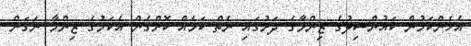
އެހެންކަމުން ކައުންސިލުގެ ޒިންމާގެ ދަށުގައި ނެތް ކަމެއް ކޮށްގެން އެކަމުގެ ޒިންމާ ނަގަން